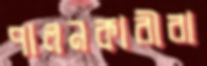
পালনকারীরা